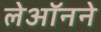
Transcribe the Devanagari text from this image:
लेऑनने